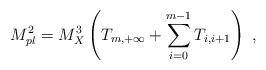
LaTeX: \begin{align*}M_{pl}^2 = M_X^3 \left(T_{m, +\infty} + \sum_{i=0}^{m-1} T_{i, i+1} \right) ~,~ \,\end{align*}